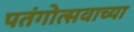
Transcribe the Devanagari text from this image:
पतंगोत्सवाच्या